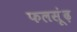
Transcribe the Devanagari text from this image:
फलसूंढ़